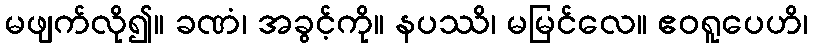
မဖျက်လို၍။ ခဏံ၊ အခွင့်ကို။ နပဿိ၊ မမြင်လေ။ ဧဝရူပေဟိ၊